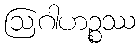
ဩဂါဟဉ္စဿ